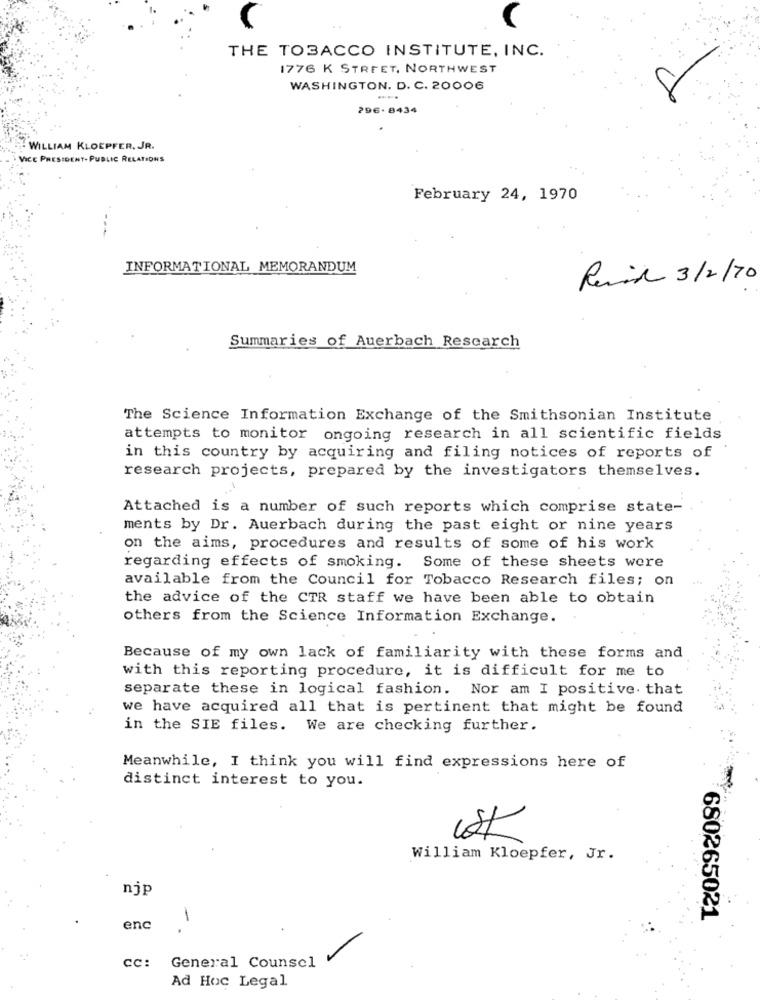
THE TOBACCO INSTITUTE, INC.
1776 K STREET, NORTHWEST
WASHINGTON. D. C. 20006
....
296-8434
WILLIAM KLOEPFER, JR.
VICE PRESIDENT- PUBLIC RELATIONS
February 24, 1970
INFORMATIONAL MEMORANDUM
Remix 3/2/70
Summaries of Auerbach Research
The Science Information Exchange of the Smithsonian Institute
attempts to monitor ongoing research in all scientific fields
in this country by acquiring and filing notices of reports of
research projects, prepared by the investigators themselves.
Attached is a number of such reports which comprise state-
ments by Dr. Auerbach during the past eight or nine years
on the aims, procedures and results of some of his work
regarding effects of smoking. Some of these sheets were
available from the Council for Tobacco Research files; on
the advice of the CTR staff we have been able to obtain
others from the Science Information Exchange.
Because of my own lack of familiarity with these forms and
with this reporting procedure, it is difficult for me to
separate these in logical fashion. Nor am I positive. that
we have acquired all that is pertinent that might be found
in the SIE files. We are checking further.
Meanwhile, I think you will find expressions here of
distinct interest to you.
William Kloepfer, Jr.
njp
680265021
enc
CC: General Counsel
Ad Hoc Legal